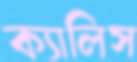
ক্যালিস